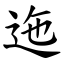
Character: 迤